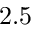
2 . 5